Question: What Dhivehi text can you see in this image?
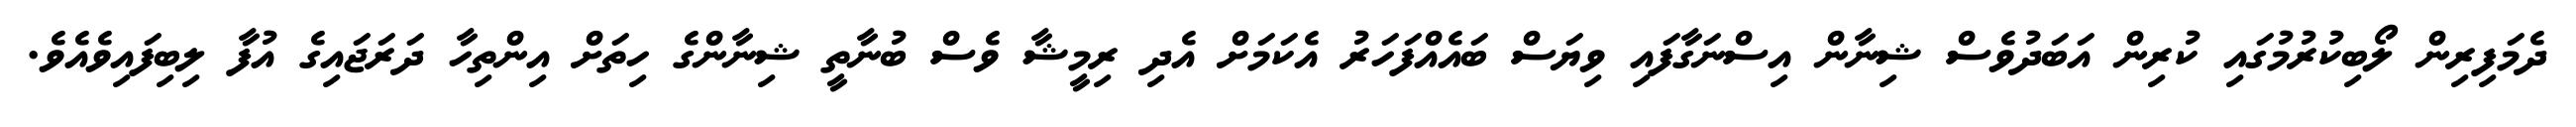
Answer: ދެމަފިރިން ލޯބިކުރުމުގައި ކުރިން އަބަދުވެސް ޝިނާން އިސްނަގާފައި ވިޔަސް ބައެއްފަހަރު އެކަމަށް އެދި ރިމީޝާ ވެސް ބުނާތީ ޝިނާންގެ ހިތަށް އިންތިހާ ދަރަޖައިގެ އުފާ ލިބިފައިވެއެވެ.